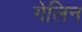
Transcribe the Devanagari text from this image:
गेलिन